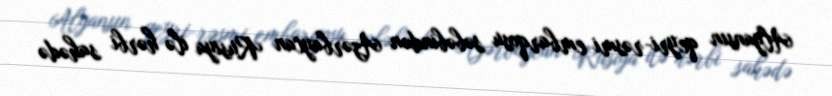
Alyansın qeyri-rəsmi embarqosu səbəbindən Azərbaycan Rusiya ilə hərbi sahədə